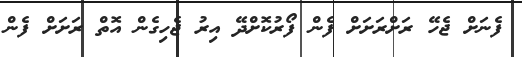
ފެނަށް ޖެހޭ ރަށްރަށަށް ފެން ފޯރުކޮށްދޭ އިރު ޖެހިގެން އޮތް ރަށަށް ފެން